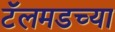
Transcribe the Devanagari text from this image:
टॅलमडच्या